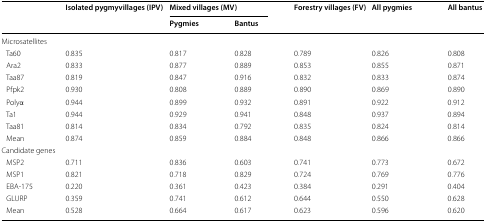
| <ROWSPAN=2>  | <ROWSPAN=2> Isolated pygmyvillages (IPV) | <COLSPAN=2> Mixed villages (MV) | <ROWSPAN=2> Forestry villages (FV) | <ROWSPAN=2> All pygmies | <ROWSPAN=2> All bantus |
 | Pygmies | Bantus |
 | --- | --- | --- | --- | --- | --- | --- |
 | <COLSPAN=7> Microsatellites |
 | Ta60 | 0.835 | 0.817 | 0.828 | 0.789 | 0.826 | 0.808 |
 | Ara2 | 0.833 | 0.877 | 0.889 | 0.853 | 0.855 | 0.871 |
 | Taa87 | 0.819 | 0.847 | 0.916 | 0.832 | 0.833 | 0.874 |
 | Pfpk2 | 0.930 | 0.808 | 0.889 | 0.890 | 0.869 | 0.890 |
 | Polyα | 0.944 | 0.899 | 0.932 | 0.891 | 0.922 | 0.912 |
 | Ta1 | 0.944 | 0.929 | 0.941 | 0.848 | 0.937 | 0.894 |
 | Taa81 | 0.814 | 0.834 | 0.792 | 0.835 | 0.824 | 0.814 |
 | Mean | 0.874 | 0.859 | 0.884 | 0.848 | 0.866 | 0.866 |
 | <COLSPAN=7> Candidate genes |
 | MSP2 | 0.711 | 0.836 | 0.603 | 0.741 | 0.773 | 0.672 |
 | MSP1 | 0.821 | 0.718 | 0.829 | 0.724 | 0.769 | 0.776 |
 | EBA-175 | 0.220 | 0.361 | 0.423 | 0.384 | 0.291 | 0.404 |
 | GLURP | 0.359 | 0.741 | 0.612 | 0.644 | 0.550 | 0.628 |
 | Mean | 0.528 | 0.664 | 0.617 | 0.623 | 0.596 | 0.620 |